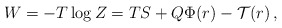
\begin{align*}W=-T \log Z=T S+Q \Phi(r) - \mathcal{T}(r) \,,\end{align*}